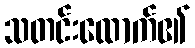
သတင်းထောက်၏